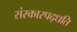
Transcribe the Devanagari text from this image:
संस्कारपद्धति